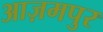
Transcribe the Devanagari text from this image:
आज़मपुर